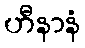
ဟီနာနံ